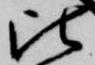
比